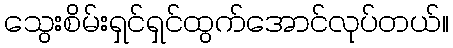
သွေးစိမ်းရှင်ရှင်ထွက်အောင်လုပ်တယ်။